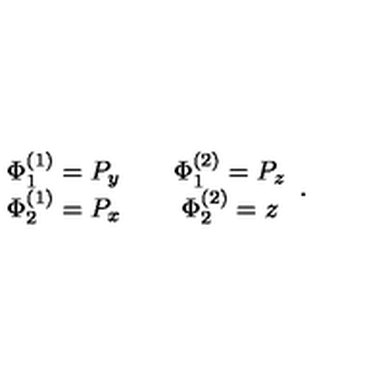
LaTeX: \begin{array} { c c c } { \Phi _ { 1 } ^ { ( 1 ) } = P _ { y } } & { { } } & { \Phi _ { 1 } ^ { ( 2 ) } = P _ { z } } \\ { \Phi _ { 2 } ^ { ( 1 ) } = P _ { x } } & { { } } & { \Phi _ { 2 } ^ { ( 2 ) } = z } \\ \end{array} .